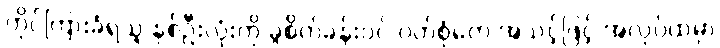
တိုင်ကြားခံရသူ နှစ်ဦးလုံးကို ခွဲစိတ်ခန်းဝင် ဝတ်စုံတွေ အသင့်ဖြင့် အလုပ်ထဲမှာ